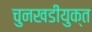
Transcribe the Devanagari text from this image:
चुनखडीयुक्त